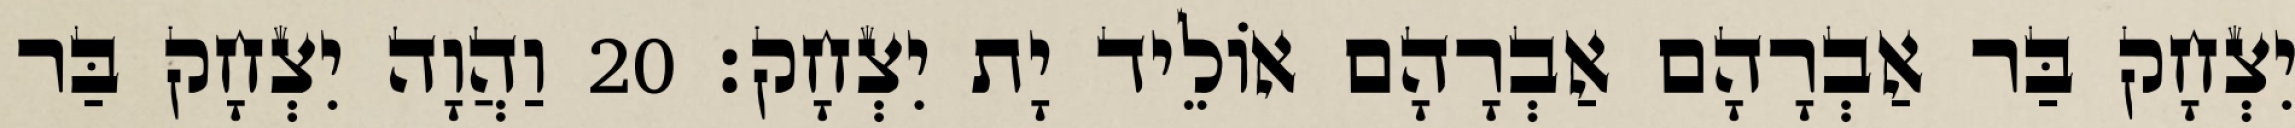
יִצְחָק בַּר אַבְרָהָם אַבְרָהָם אוֹלֵיד יָת יִצְחָק׃ 20 וַהֲוָה יִצְחָק בַּר